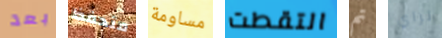
بعد متحفظ مساومة التقطت تم تراي